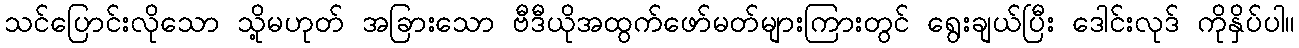
သင်ပြောင်းလိုသော သို့မဟုတ် အခြားသော ဗီဒီယိုအထွက်ဖော်မတ်များကြားတွင် ရွေးချယ်ပြီး ဒေါင်းလုဒ် ကိုနှိပ်ပါ။